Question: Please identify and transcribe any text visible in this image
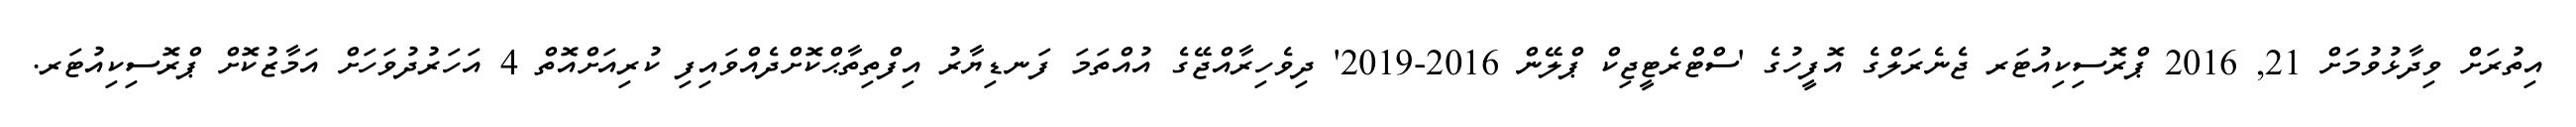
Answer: އިތުރަށް ވިދާޅުވުމަށް 21, 2016 ޕްރޮސިކިއުޓަރ ޖެނެރަލްގެ އޮފީހުގެ 'ސްޓްރެޓީޖިކް ޕްލޭން 2016-2019' ދިވެހިރާއްޖޭގެ އުއްތަމަ ފަނޑިޔާރު އިފްތިތާޙްކޮށްދެއްވައިފި ކުރިއަށްއޮތް 4 އަހަރުދުވަހަށް އަމާޒުކޮށް ޕްރޮސިކިއުޓަރ.